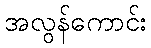
အလွန်ကောင်း